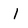
Character: l